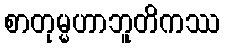
စာတုမ္မဟာဘူတိကဿ